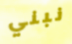
نبني